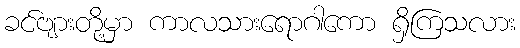
ခင်ဗျားတို့မှာ ကာလသားရောဂါကော ရှိကြသလား